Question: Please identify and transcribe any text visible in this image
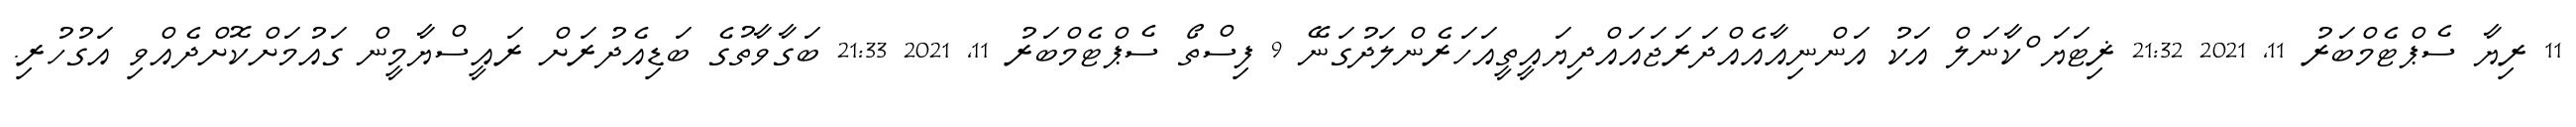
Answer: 11 ރިޔާ ސެޕްޓެމްބަރު 11, 2021 21:32 ޜިޓަޔަޱްކާނަލް އަކު އަންނިއާއެއްދަރަޖައައްދިޔައީތީއަހަރެންލަދުގަނޭ 9 ފިސްތޯ ސެޕްޓެމްބަރު 11, 2021 21:33 ބަގާވާތުގެ ބަޑިއެދުރަށް ރައީސްޔާމީން ގައުމަށްކޮށްދެއްވި އަގުހުރި.